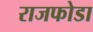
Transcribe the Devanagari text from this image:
राजफोडा